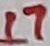
Text: 17